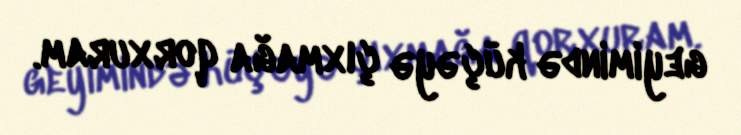
geyimində küçəyə çıxmağa qorxuram.